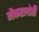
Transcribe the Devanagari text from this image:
मैकएल्डेरी